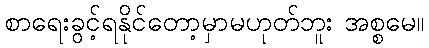
စာရေးခွင့်ရနိုင်တော့မှာမဟုတ်ဘူး အစ္စမေ။